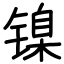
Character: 镍